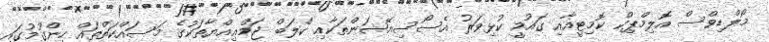
މޯލްޑިވްސް އޮލިމްޕިކް ކޮމިޓީއާއި ޤައުމީ ކުޅިވަރު އެސޯސިއޭޝަންތަކާއި ކްލަބް ޖަމްޢިއްޔާތަކުގެ މަސައްކަތްތައް ހިންގުމުގައި